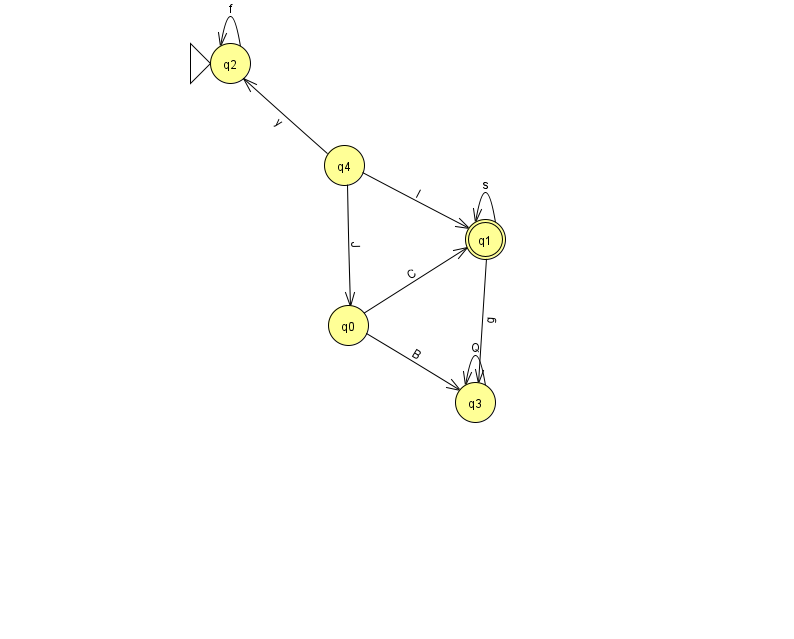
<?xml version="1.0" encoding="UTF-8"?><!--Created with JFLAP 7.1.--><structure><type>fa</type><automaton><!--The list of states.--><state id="0" name="q0"><x>348.0</x><y>312.0</y></state><state id="1" name="q1"><x>485.0</x><y>226.0</y><final/></state><state id="2" name="q2"><x>230.0</x><y>50.0</y><initial/></state><state id="3" name="q3"><x>475.0</x><y>389.0</y></state><state id="4" name="q4"><x>344.0</x><y>152.0</y></state><!--The list of transitions.--><transition><from>3</from><to>3</to><read>Q</read></transition><transition><from>0</from><to>3</to><read>B</read></transition><transition><from>1</from><to>1</to><read>s</read></transition><transition><from>2</from><to>2</to><read>f</read></transition><transition><from>4</from><to>0</to><read>J</read></transition><transition><from>4</from><to>1</to><read>I</read></transition><transition><from>4</from><to>2</to><read>y</read></transition><transition><from>1</from><to>3</to><read>g</read></transition><transition><from>0</from><to>1</to><read>C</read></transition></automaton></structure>